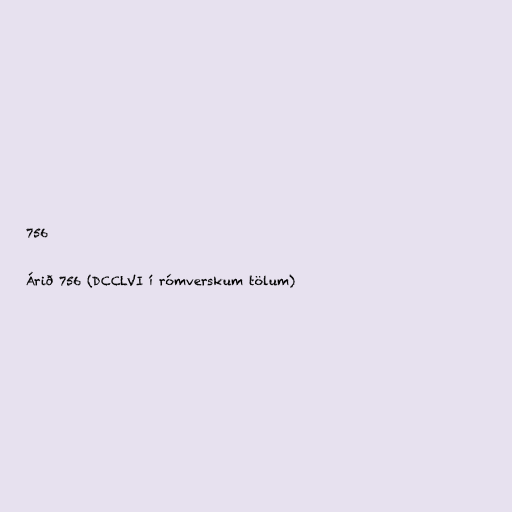
756

Árið 756 (DCCLVI í rómverskum tölum)